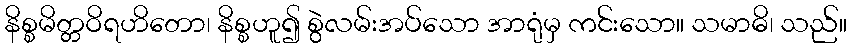
နိစ္စမိတ္တဝိရဟိတော၊ နိစ္စဟူ၍ စွဲလမ်းအပ်သော အာရုံမှ ကင်းသော။ သမာဓိ၊ သည်။